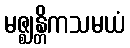
မဇ္ဈန္တိကသမယံ